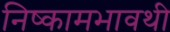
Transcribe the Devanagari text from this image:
निष्कामभावथी